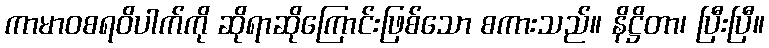
ကာမာဝစရဝိပါက်ကို ဆိုရာဆိုကြောင်းဖြစ်သော စကားသည်။ နိဋ္ဌိတာ၊ ပြီးပြီ။